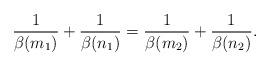
LaTeX: \begin{align*}\frac{1}{\beta(m_1)}+\frac{1}{\beta(n_1)}=\frac{1}{\beta(m_2)}+\frac{1}{\beta(n_2)}.\end{align*}